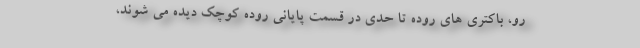
رو، باکتری های روده تا حدی در قسمت پایانی روده کوچک دیده می شوند،